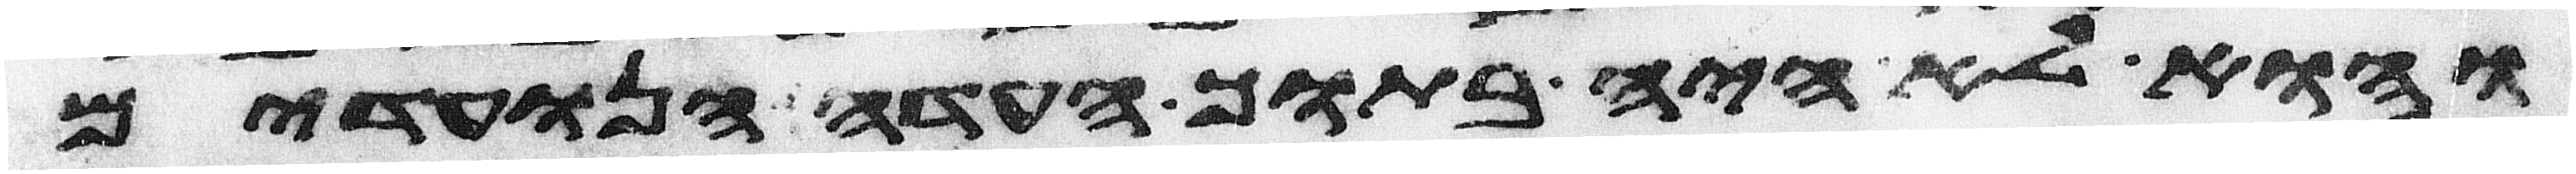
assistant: והוא לא היה בתוך העדה הנועדים